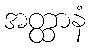
အတ္ထာနံ